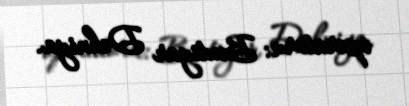
operatoru: Bəxtiyar Dehniya.